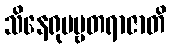
သိနေရုပဗ္ဗတရာဇာတိ